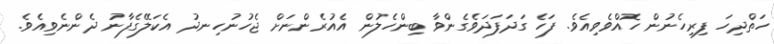
ހަތްދިހަ ފިރިހެނުން ހޮއްވެވިއެވެ. ފަހެ ގަދަފަދަވެގެންވާ ބިންހެލުން އެއުރެންނަށް ޖެހުނުހިނދު އެކަލޭގެފާނު ދެންނެވިއެވެ.